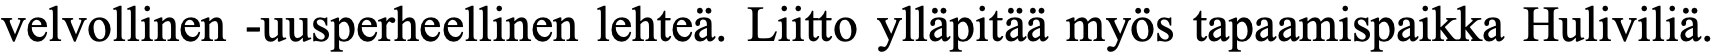
velvollinen -uusperheellinen lehteä. Liitto ylläpitää myös tapaamispaikka Huliviliä.